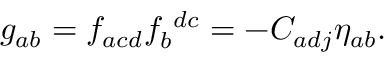
g _ { a b } = f _ { a c d } f _ { b } ^ { ~ d c } = - C _ { a d j } \eta _ { a b } .